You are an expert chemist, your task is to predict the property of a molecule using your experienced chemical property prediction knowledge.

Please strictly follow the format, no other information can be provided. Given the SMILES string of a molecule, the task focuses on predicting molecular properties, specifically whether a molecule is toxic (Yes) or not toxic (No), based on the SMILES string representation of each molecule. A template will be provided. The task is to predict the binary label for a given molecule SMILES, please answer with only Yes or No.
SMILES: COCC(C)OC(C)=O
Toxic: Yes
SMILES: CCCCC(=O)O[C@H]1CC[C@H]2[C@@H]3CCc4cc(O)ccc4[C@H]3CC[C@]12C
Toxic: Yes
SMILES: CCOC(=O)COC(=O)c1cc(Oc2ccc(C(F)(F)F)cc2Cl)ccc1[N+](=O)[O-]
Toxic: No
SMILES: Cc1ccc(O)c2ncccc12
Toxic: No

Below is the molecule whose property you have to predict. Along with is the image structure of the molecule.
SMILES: Cn1c(=O)c2c(ncn2CCOC(=O)C(C)(C)Oc2ccc(Cl)cc2)n(C)c1=O
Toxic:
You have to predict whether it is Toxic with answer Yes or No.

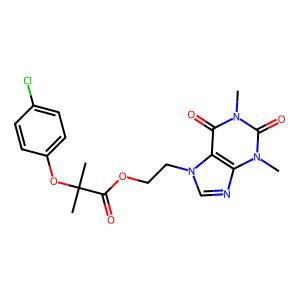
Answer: No